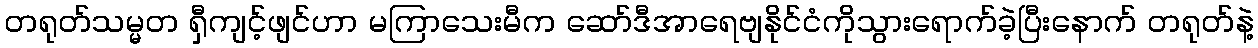
တရုတ်သမ္မတ ရှီကျင့်ဖျင်ဟာ မကြာသေးမီက ဆော်ဒီအာရေဗျနိုင်ငံကိုသွားရောက်ခဲ့ပြီးနောက် တရုတ်နဲ့